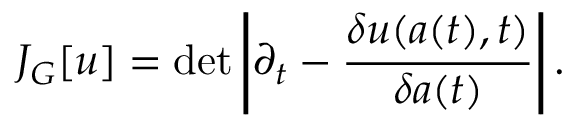
J _ { G } [ u ] = \operatorname * { d e t } \left| \! \left| \partial _ { t } - \frac { \delta u ( a ( t ) , t ) } { \delta a ( t ) } \right| \! \right| .